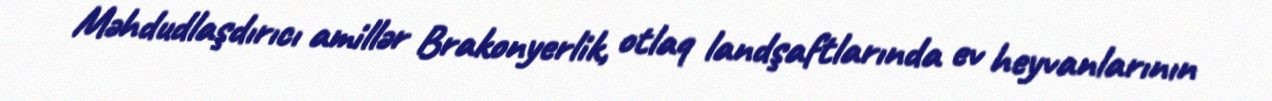
Məhdudlaşdırıcı amillər Brakonyerlik, otlaq landşaftlarında ev heyvanlarının